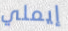
إيملي